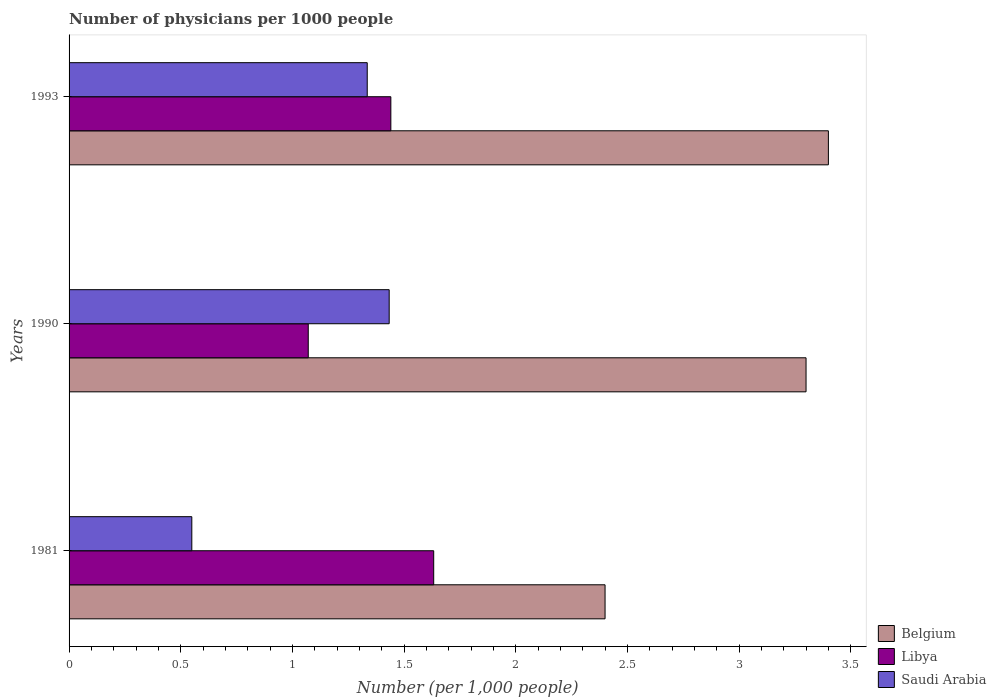
| Years | Belgium | Libya | Saudi Arabia |
 | --- | --- | --- | --- |
 | 1981 | 2.4 | 1.63 | 0.55 |
 | 1990 | 3.3 | 1.07 | 1.43 |
 | 1993 | 3.4 | 1.44 | 1.34 |